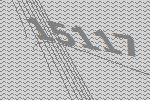
15117